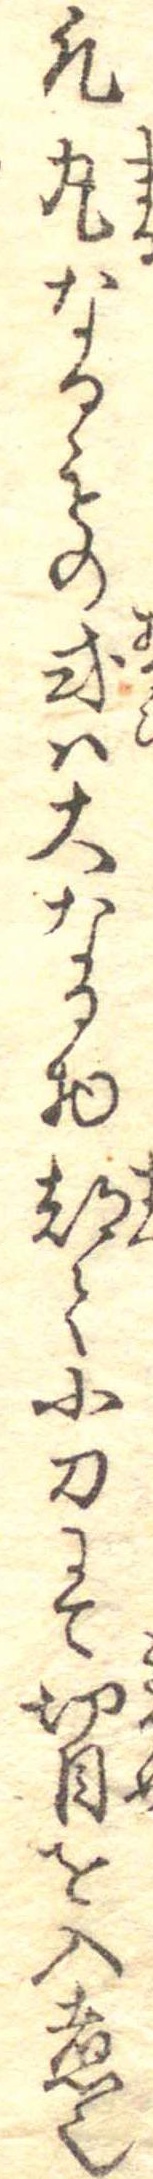
凡丸なるもの或は大なる物都て小刀にて切目を入煮也